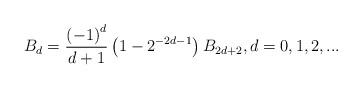
LaTeX: \begin{align*}B_{d}=\frac{\left( -1\right) ^{d}}{d+1}\left( 1-2^{-2d-1}\right)B_{2d+2} ,d=0,1,2,... \end{align*}